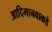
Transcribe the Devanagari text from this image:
आदिमानवाकडे